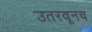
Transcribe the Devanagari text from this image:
उतरवूनच